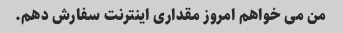
من می خواهم امروز مقداری اینترنت سفارش دهم.